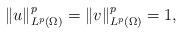
LaTeX: \begin{align*} \| u\|_{L^p(\Omega)}^p = \| v\|_{L^p(\Omega)}^p =1, \end{align*}